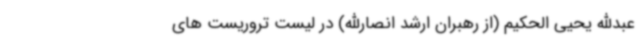
عبدالله یحیی الحکیم (از رهبران ارشد انصارالله) در لیست تروریست های